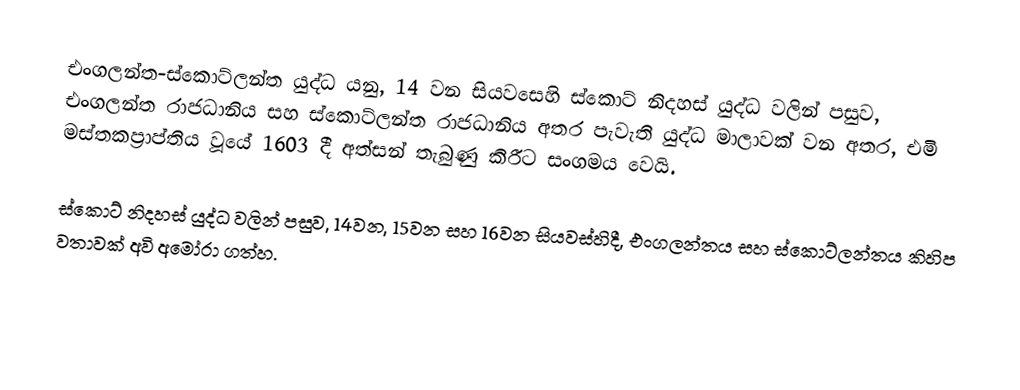
එංගලන්ත-ස්කොට්ලන්ත යුද්ධ යනු, 14 වන සියවසෙහි ස්කොට් නිදහස් යුද්ධ වලින් පසුව,  එංගලන්ත රාජධානිය සහ ස්කොට්ලන්ත රාජධානිය අතර පැවැති යුද්ධ මාලාවක් වන අතර, එමි මස්තකප්‍රාප්තිය වූයේ 1603 දී අත්සන් තැබුණු  කිරීට සංගමය වෙයි.

ස්කොට් නිදහස් යුද්ධ වලින් පසුව, 14වන, 15වන සහ 16වන සියවස්හිදී, එංගලන්තය සහ ස්කොට්ලන්තය කිහිප වතාවක් අවි අමෝරා ගත්හ.